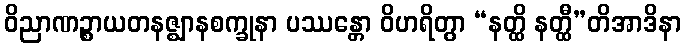
ဝိညာဏဉ္စာယတနဇ္ဈာနစက္ခုနာ ပဿန္တော ဝိဟရိတွာ “နတ္ထိ နတ္ထီ”တိအာဒိနာ